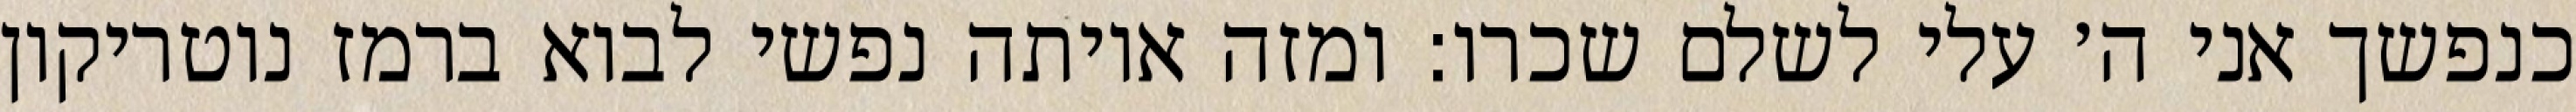
כנפשך אני ה׳ עלי לשלם שכרו: ומזה איותה נפשי לבוא ברמז נוטריקון